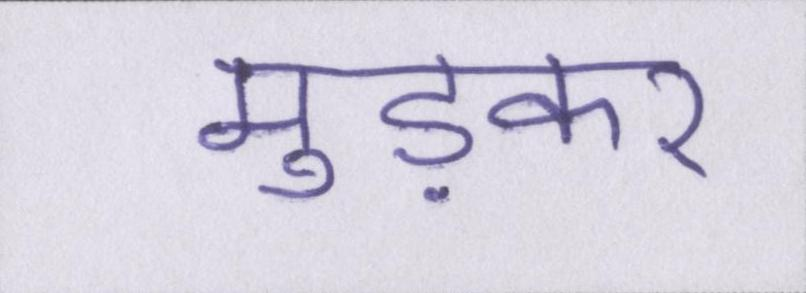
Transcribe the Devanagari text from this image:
मुड़कर